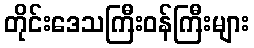
တိုင်းဒေသကြီးဝန်ကြီးများ